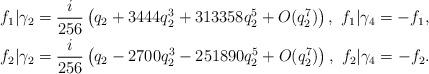
LaTeX: \begin{align*}f_1|\gamma_2 &=\frac{i}{256}\left(q_2 +3444q_2^3 + 313358 q_2^5 +O(q_2^7)\right),~f_1|\gamma_4 = -f_1,\\ f_2|\gamma_2 &=\frac{i}{256}\left(q_2 -2700 q_2^3-251890 q_2^5 +O(q_2^7)\right),~f_2|\gamma_4 = -f_2.\end{align*}